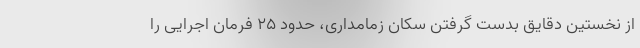
از نخستین دقایق بدست گرفتن سکان زمامداری، حدود ۲۵ فرمان اجرایی را